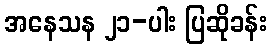
အနေသန ၂၁-ပါး ပြဆိုခန်း